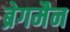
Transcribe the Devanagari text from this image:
ब्रेगमैन